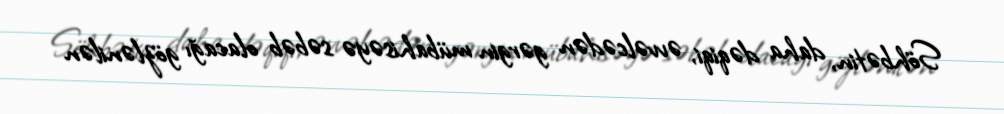
Söhbətin, daha dəqiqi, əvvəlcədən gərgin mübahisəyə səbəb olacağı gözlənilən